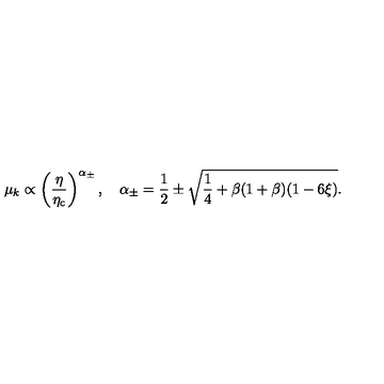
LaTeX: \mu _ { k } \propto \left( \frac { \eta } { \eta _ { \mathrm { c } } } \right) ^ { \alpha { _ { \pm } } } , \quad \alpha _ { \pm } = \frac { 1 } { 2 } \pm \sqrt { \frac { 1 } { 4 } + \beta ( 1 + \beta ) ( 1 - 6 \xi ) } .